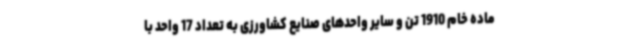
ماده خام 1910 تن و سایر واحدهای صنایع کشاورزی به تعداد 17 واحد با